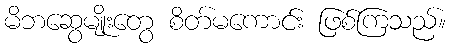
မိဘဆွေမျိုးတွေ စိတ်မကောင်း ဖြစ်ကြသည်။